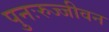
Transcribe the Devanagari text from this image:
पुनःरुज्जीवन